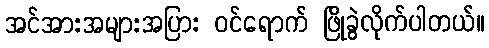
အင်အားအများအပြား ဝင်ရောက် ဖြိုခွဲလိုက်ပါတယ်။